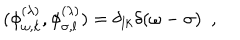
( \phi _ { \omega , k } ^ { ( \lambda ) } , \phi _ { \sigma , l } ^ { ( \lambda ) } ) = \delta _ { l k } \delta ( \omega - \sigma ) ~ ~ ,